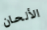
الألحان